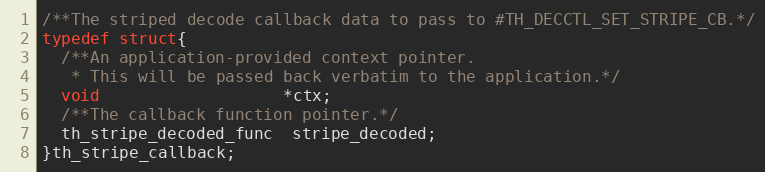
Language: C
/**The striped decode callback data to pass to #TH_DECCTL_SET_STRIPE_CB.*/
typedef struct{
  /**An application-provided context pointer.
   * This will be passed back verbatim to the application.*/
  void                   *ctx;
  /**The callback function pointer.*/
  th_stripe_decoded_func  stripe_decoded;
}th_stripe_callback;